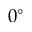
0 ^ { \circ }